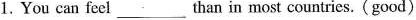
1. You can feel___than in most countries. ( good )